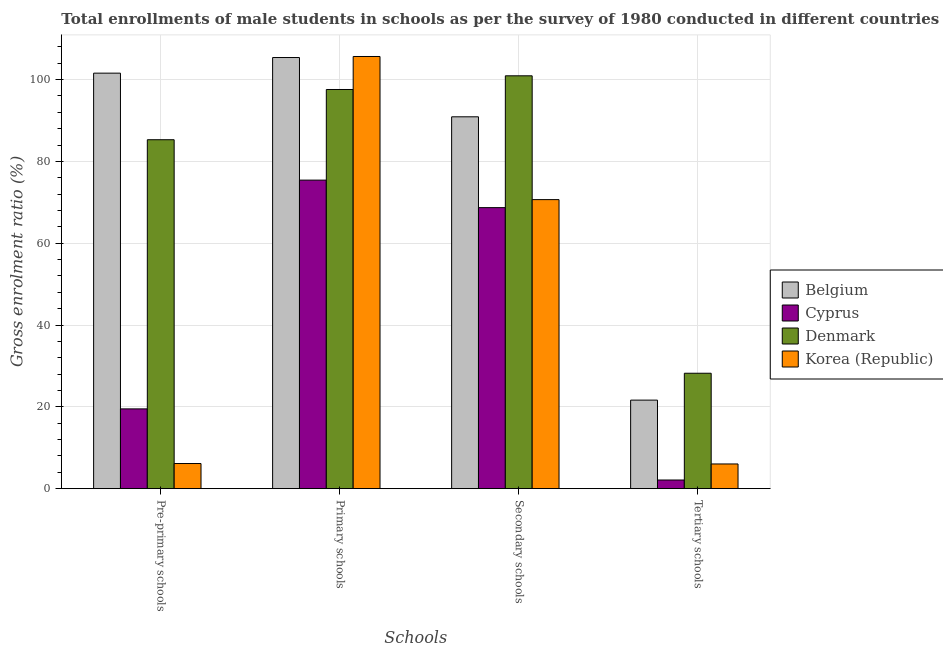
| Schools | Belgium | Cyprus | Denmark | Korea (Republic) |
 | --- | --- | --- | --- | --- |
 | Pre-primary schools | 102 | 19.5 | 85.3 | 6.15 |
 | Primary schools | 105 | 75.4 | 97.6 | 106 |
 | Secondary schools | 90.9 | 68.7 | 101 | 70.7 |
 | Tertiary schools | 21.6 | 2.12 | 28.2 | 6.04 |